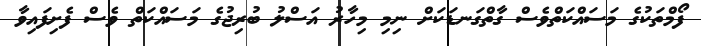
ފޯމްތަކުގެ މަސައްކަތްވެސް ގާތްގަނޑަކަށް ނިމި މިހާރު އަސްލު ބުރިޖުގެ މަސައްްކަތް ވެސް ފެށިފައިވާ